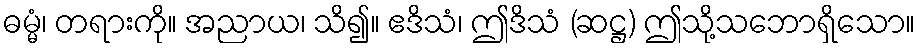
ဓမ္မံ၊ တရားကို။ အညာယ၊ သိ၍။ ဧဒိသံ၊ ဤဒိသံ (ဆဋ္ဌ) ဤသို့သဘောရှိသော။